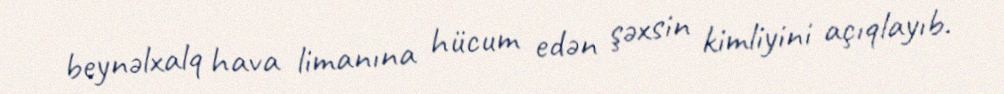
beynəlxalq hava limanına hücum edən şəxsin kimliyini açıqlayıb.